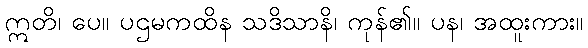
ဣတိ၊ ပေ။ ပဌမကထိန သဒိသာနိ၊ ကုန်၏။ ပန၊ အထူးကား။